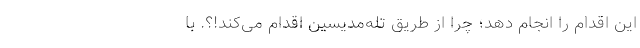
این اقدام را انجام دهد؛ چرا از طریق تله‌مدیسین اقدام می‌کند!؟. با